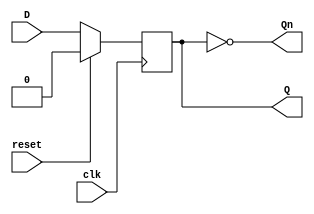
// Rising edge sensible flipflop with synchronous reset
module DFlipFlop (
    input reset,
    input clk,
    input D,
    output Q,
    output Qn
);

reg r;

always @(posedge clk) begin
    if (reset)
        r <= 1'b0;
    else
        r <= D;
end

assign Q = r;
assign Qn = ~r;

endmodule